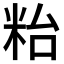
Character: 𥹋